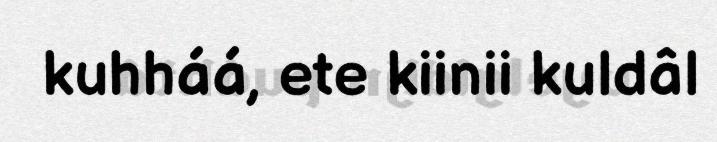
kuhháá, ete kiinii kuldâl